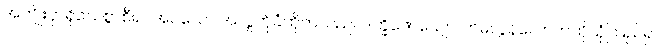
အကျိုးငှာရိုသေစွာစီရင်အပ်သော အလှူကိုခံထိုက်သည်။ ဒက္ခိဏေယျော၊ တမလွန်လောကကိုယုံကြည်၍